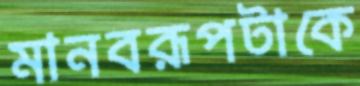
মানবরূপটাকে